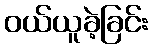
ဝယ်ယူခဲ့ခြင်း